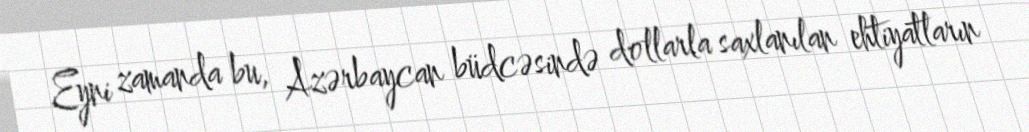
Eyni zamanda bu, Azərbaycan büdcəsində dollarla saxlanılan ehtiyatların